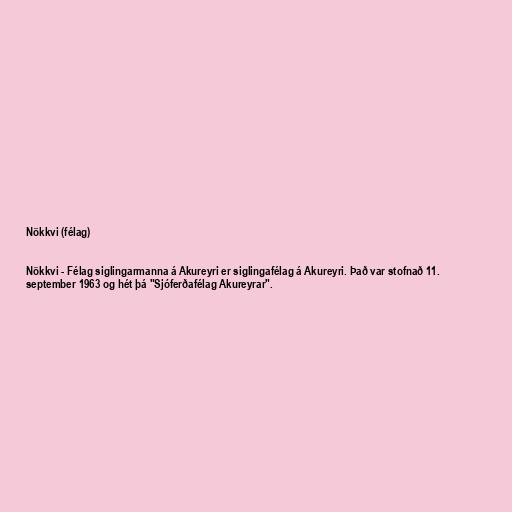
Nökkvi (félag)

Nökkvi - Félag siglingarmanna á Akureyri er siglingafélag á Akureyri. Það var stofnað 11.
september 1963 og hét þá "Sjóferðafélag Akureyrar".